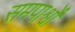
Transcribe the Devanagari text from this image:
समपार्श्वो